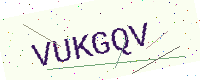
Text: VUKGQV